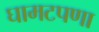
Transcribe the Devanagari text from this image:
घामटपणा